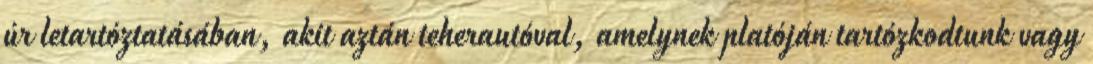
úr letartóztatásában, akit aztán teherautóval, amelynek platóján tartózkodtunk vagy